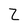
Character: Z